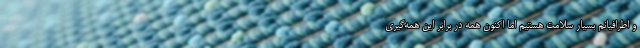
و اطرافیانم بسیار سلامت هستیم اما اکنون همه در برابر این همه‌گیری